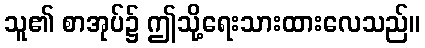
သူ၏ စာအုပ်၌ ဤသို့ရေးသားထားလေသည်။